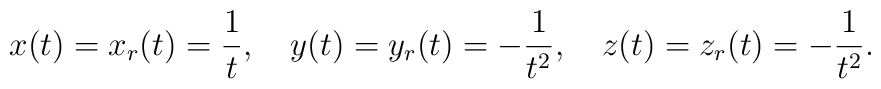
x(t)=x_{r}(t)={1\over t},\quad y(t)=y_{r}(t)=-{1\over{t^2}},	\quad z(t)=z_{r}(t)=-{1\over{t^2}}.